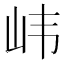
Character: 𫵶